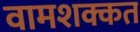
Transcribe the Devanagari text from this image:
वामशक्कत